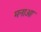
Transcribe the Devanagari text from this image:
मनाआ